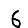
Digit: 6